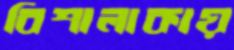
বিশালাকায়